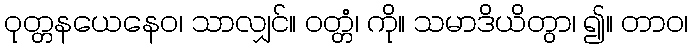
ဝုတ္တနယေနေဝ၊ သာလျှင်။ ဝတ္တံ၊ ကို။ သမာဒိယိတွာ၊ ၍။ တာဝ၊